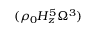
( \rho _ { 0 } H _ { z } ^ { 5 } \Omega ^ { 3 } )